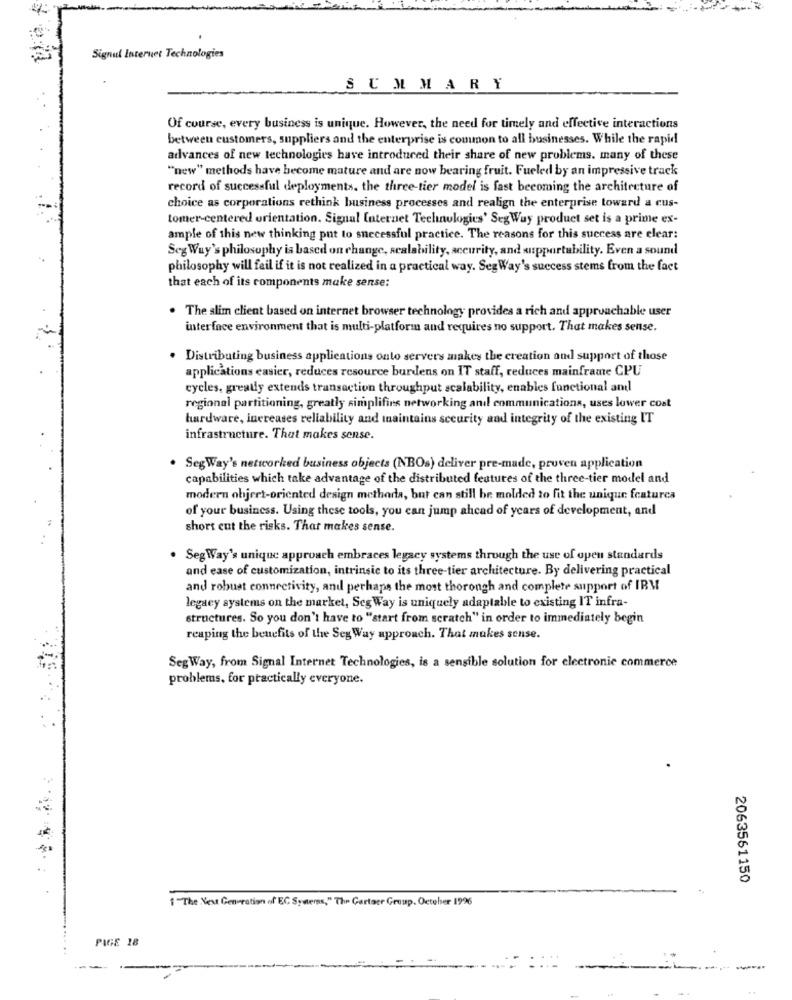
Signal Internet Technologies
SUMMARY
Of course, every business is unique. However, the need for timely and effective interactions
between customers, suppliers and the enterprise is common to all businesses. While the rapid
advances of new technologies have introduced their share of new problems. many of these
"new" methods have become mature and are now bearing fruit. Fueled by an impressive track
record of successful deployments. the three-tier model is fast becoming the architecture of
choice as corporations rethink business processes and realign the enterprise toward a cus-
tomer-centered orientation. Signal Internet Technologies' SegWay product set is a prime ex-
ample of this new thinking put to successful practice. The reasons for this success are clear:
Seg Wuy's philosophy is based on change, scalability, accurity, and supportability. Even a sound
philosophy will fail if it is not realized in a practical way. SegWay's success stems from the fact
that each of its components make sense:
. The slim client based on internet browser technology provides a rich and approachable user
interface environment that is multi-platform and requires no support. That makes sense.
Distributing business applications onto servers makes the creation and support of those
applications easier, reduces resource burdens on IT staff, reduces mainframe CPU
cycles, greatly extends transaction throughput scalability, enables functional and
regional partitioning, greatly simplifins networking and communications, uses lower cost
hardware, increases reliability and maintains sceurity and integrity of the existing IT
infrastructure. That makes sense.
. SegWay's networked business objects (NBOs) deliver pre-made, proven application
capabilities which take advantage of the distributed features of the three-tier model and
modern object-oriented design methoda, but can still be molded to fit the unique featurea
of your business. Using these tools, you can jump ahead of years of development, and
short cut the risks. That makes sense.
. Seg Way's unique approach embraces legacy systems through the use of open standards
and ease of customization, intrinsic to its three-tier architecture. By delivering practical
and robust connectivity, and perhaps the most thorough and complete support of IBM
legacy systems on the market, Seg Way is uniquely adaptable to existing IT infra-
structures. So you don't have to "start from scratch" in order to immediately begin
reaping the benefits of the Seg Way approach. That makes sense.
SegWay, from Signal Internet Technologies, is a sensible solution for electronic commerce
problems, for practically everyone.
2063561150
1 "The New Generation of EC Systems," The Gartner Group, October 1996
PAGE 18